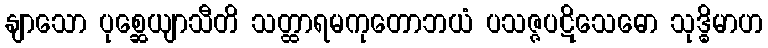
နျာသော ပုစ္ဆေယျာသီတိ သတ္ထာရမကုတောဘယံ ပသဇ္ဇပဋိသေဓော သုဒ္ဓိမာဟ